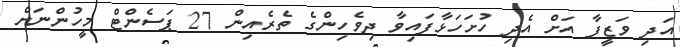
އަދި ވަޒީފާ އަށް އެދި ހުށަހަޅާފައިވާ ދިވެހިންގެ ތެރެއިން 27 ޕަސެންޓް މީހުންނަށް